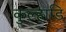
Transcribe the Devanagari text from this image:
कुल्हाडि